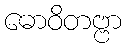
ဓောဝိတဗ္ဗာ